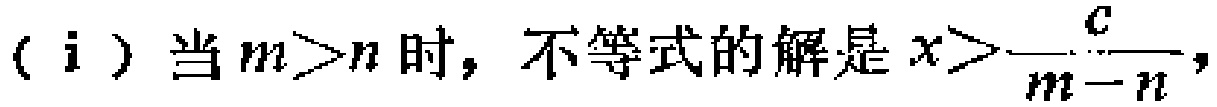
（i）当\(m > n\)时，不等式的解是\(x > \dfrac{c}{m - n}\)，